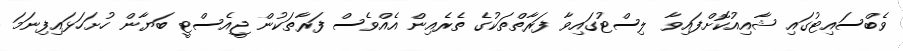
ވެބްސައިޓުގައި ޝާއިއުކޮށްފައިވާ ލިސްޓުގައިވާ ފަރާތްތަކުގެ ތެރެއިން އެއްވެސް ފަރާތަކުން ޖީއެސްޓީ ބަޔާން ހުށަހަޅައިފިނަމަ